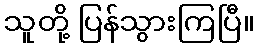
သူတို့ ပြန်သွားကြပြီ။